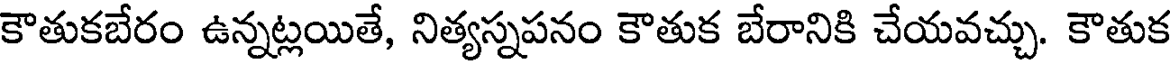
కౌతుకబేరం ఉన్నట్లయితే, నిత్యస్నపనం కౌతుక బేరానికి చేయవచ్చు. కౌతుక